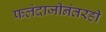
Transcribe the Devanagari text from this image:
फलंदाजीनंतरही